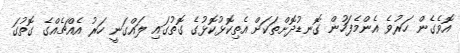
އޮވެގެން ހަރުވެ އެންމެފަހުން ގޮނޑުދޮށްތަކަށް އެތިކޮޅުކޮޅުގެ ގޮތުގައި ލައްގަނީ ހަރު އެއްޗެއްގެ ގޮތުގަ